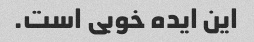
این ایده خوبی است.